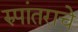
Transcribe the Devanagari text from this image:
रुपांतराचे